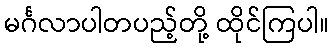
မင်္ဂလာပါတပည့်တို့ ထိုင်ကြပါ။